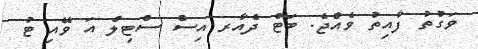
ވަގުތު ފާއިތު ވެއްޖެ. ބަޓް ދެއާރ އިސް ސްޓިލް އަ ވޭއި ޓު